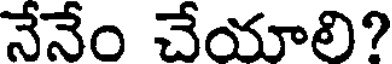
నేనేం చేయాలి?